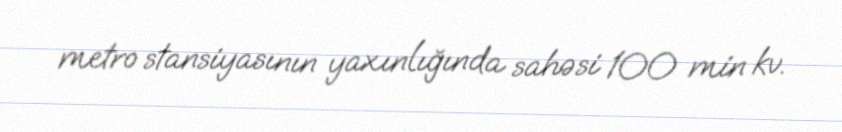
metro stansiyasının yaxınlığında sahəsi 100 min kv.